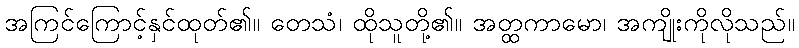
အကြင်ကြောင့်နှင်ထုတ်၏။ တေသံ၊ ထိုသူတို့၏။ အတ္ထကာမော၊ အကျိုးကိုလိုသည်။